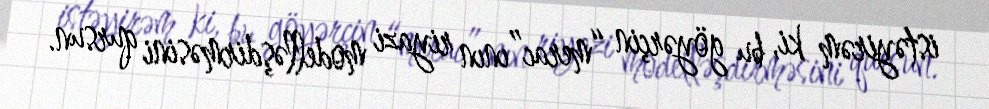
istəyirəm ki, bu göyərçin “merac”ının riyazi modelləşdirməsini qursun.